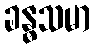
ခန္ဓသမာ